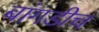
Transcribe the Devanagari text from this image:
बांगडीच